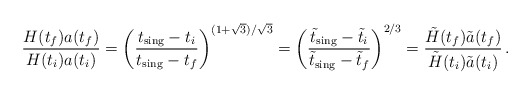
\begin{align*}{ H(t_f) a(t_f) \over H(t_i)a(t_i) } = \left({t_{\rm sing}-t_i \over t_{\rm sing}-t_f }\right) ^{(1+\sqrt{3})/\sqrt{3}} = \left({\tilde t_{\rm sing}-\tilde t_i \over \tilde t_{\rm sing}-\tilde t_f }\right)^{2/3} = { \tilde H(t_f) \tilde a(t_f) \over \tilde H(t_i) \tilde a(t_i) } \,.\end{align*}